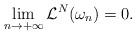
LaTeX: \begin{align*}\lim_{n \to +\infty} \mathcal{L}^N(\omega_n) = 0.\end{align*}